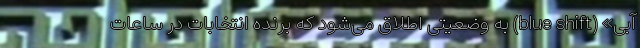
آبی» (blue shift) به وضعیتی اطلاق می‌شود که برنده انتخابات در ساعات